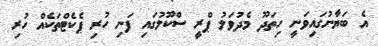
އެ ބަޔާނުގައިވަނީ ހިތަދޫ މެދުވަލު ޕްރީ ސްކޫލުގައި ފަނި ހުރި ޕެކެޓްތަކެއް ހުރި